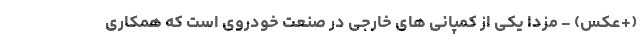
(+عکس) - مزدا یکی از کمپانی های خارجی در صنعت خودروی است که همکاری